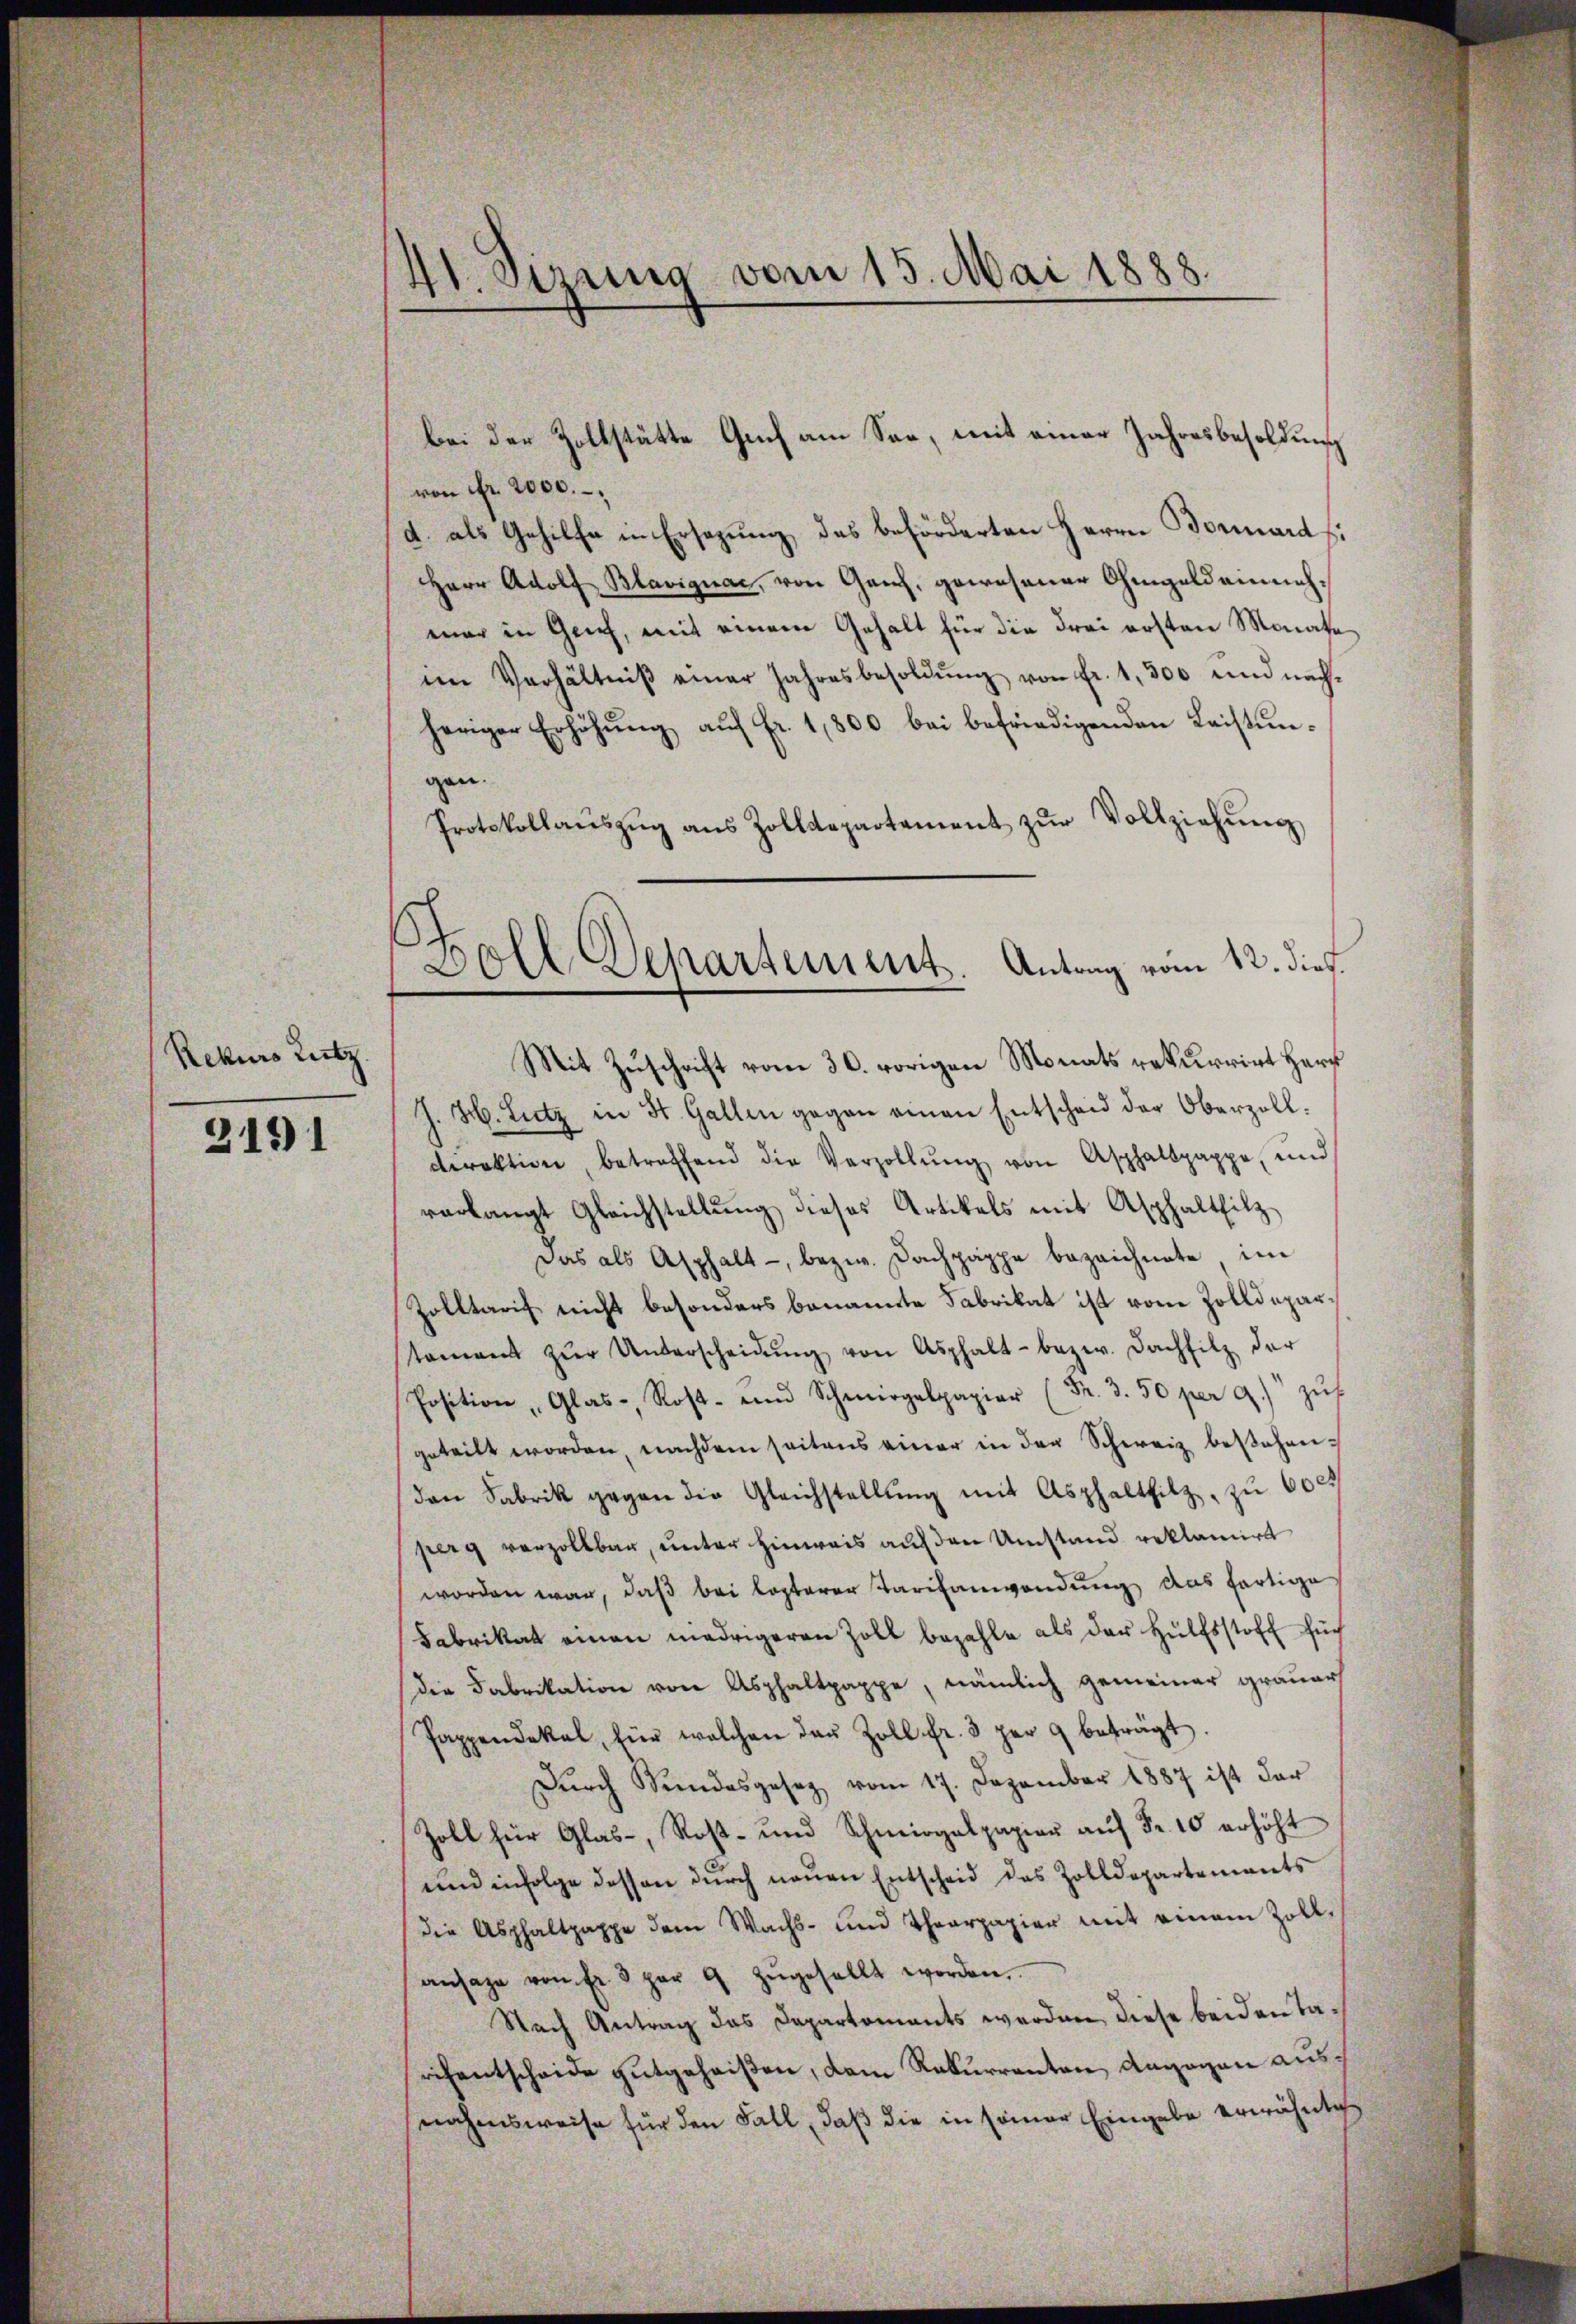
Rekurs Lutz

2191

41. Sizung vom 15. Mai 1888.

bei der Zollstätte Guch am See, mit einer Jahresbesoldung
von fr. 2000. –
d. als Gehilfe in Ersezung des beförderten Herrn Bornards¬
Herr Adolf Blavignac, von Ganz, gewesener Ohmgeld einnahmar in Geich, mit einem Gehalt für die Frei ersten Monate
im Verhältniβ einer Jahresbesoldŭng von fr. 1, 300 und nach-
heriger Erhöhŭng aŭf fr. 1,800 bei befriedigenden Leistŭn-
gen.
Protokollaŭszŭg aŭs Zolldepartement zŭr Vollziehŭng
J. H. Lutz in St. Gallen gegen einen Entscheid der Oberzoll-
direktion, betreffend die Verzollŭng von Asphalspappe, und
verlangt Gleichstellŭng dieses Artikels mit Asphaltfilz
Das als Asphalt bezw. Fachpäppe bezeichnete im
Zolltaris nicht besonders benannte Fabrikat ist vom Zolldeparstament zŭr Unterscheidŭng von Asphalt- bezw. Dachsitz der
p
geteilt worden, nachdem seitens einer in der Schweiz bestehen,
den Fabrik gegen die Gleichstellŭng mit Asphaltfilz, zu 600.
perg verzollbar, unter Hinweis auf den Umstand reklamirt
worden war, daβ bei lopterer Tarifanwendung das fertige
Fabrikat eman niedrigeren Zoll bezahle als der Hülfsstoff such
die Fabrikation von Asphaltpappe, nämlich gemeiner grauers
Pappendakal, für welchen das Zoll fr. 3 per 9 beträgt.
Dŭrch Kundesgesetz vom 17. Dezember 1887 ist der
Zoll für Glas-, Rost- und Schmirgalpapier aŭf Fr. 10 erhöht
und infolge dessen durch neuen Entscheid des Zolldepartements
die Asphaltpappe dem Wachs- und Thearpapier mit einem Zollansage von Fr. 3 per 9 zŭgesellt worden.
Nach Antrag das Departements werden, diese beiden Tarchentscheide gutgeheißen, dem Rekurrenten, dagegen ausnahmsweise für den Fall, daß die in seiner Eingabe erwähnti

Doll Departement. Antrag vom 12. dies
Mit Zuschrift vom 30. vorigen Monats rekurrirt Harf